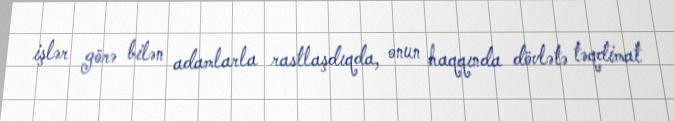
işlər görə bilən adamlarla rastlaşdıqda, onun haqqında dövlətə təqdimat